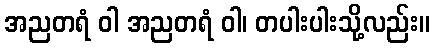
အညတရံ ဝါ အညတရံ ဝါ၊ တပါးပါးသို့လည်း။